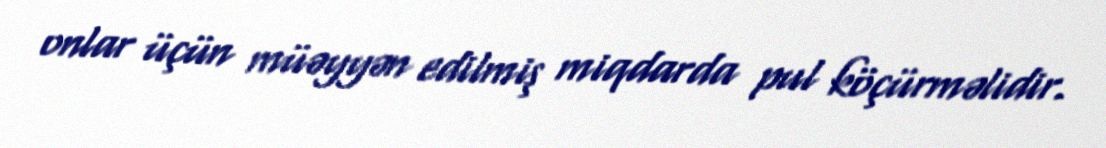
onlar üçün müəyyən edilmiş miqdarda pul köçürməlidir.